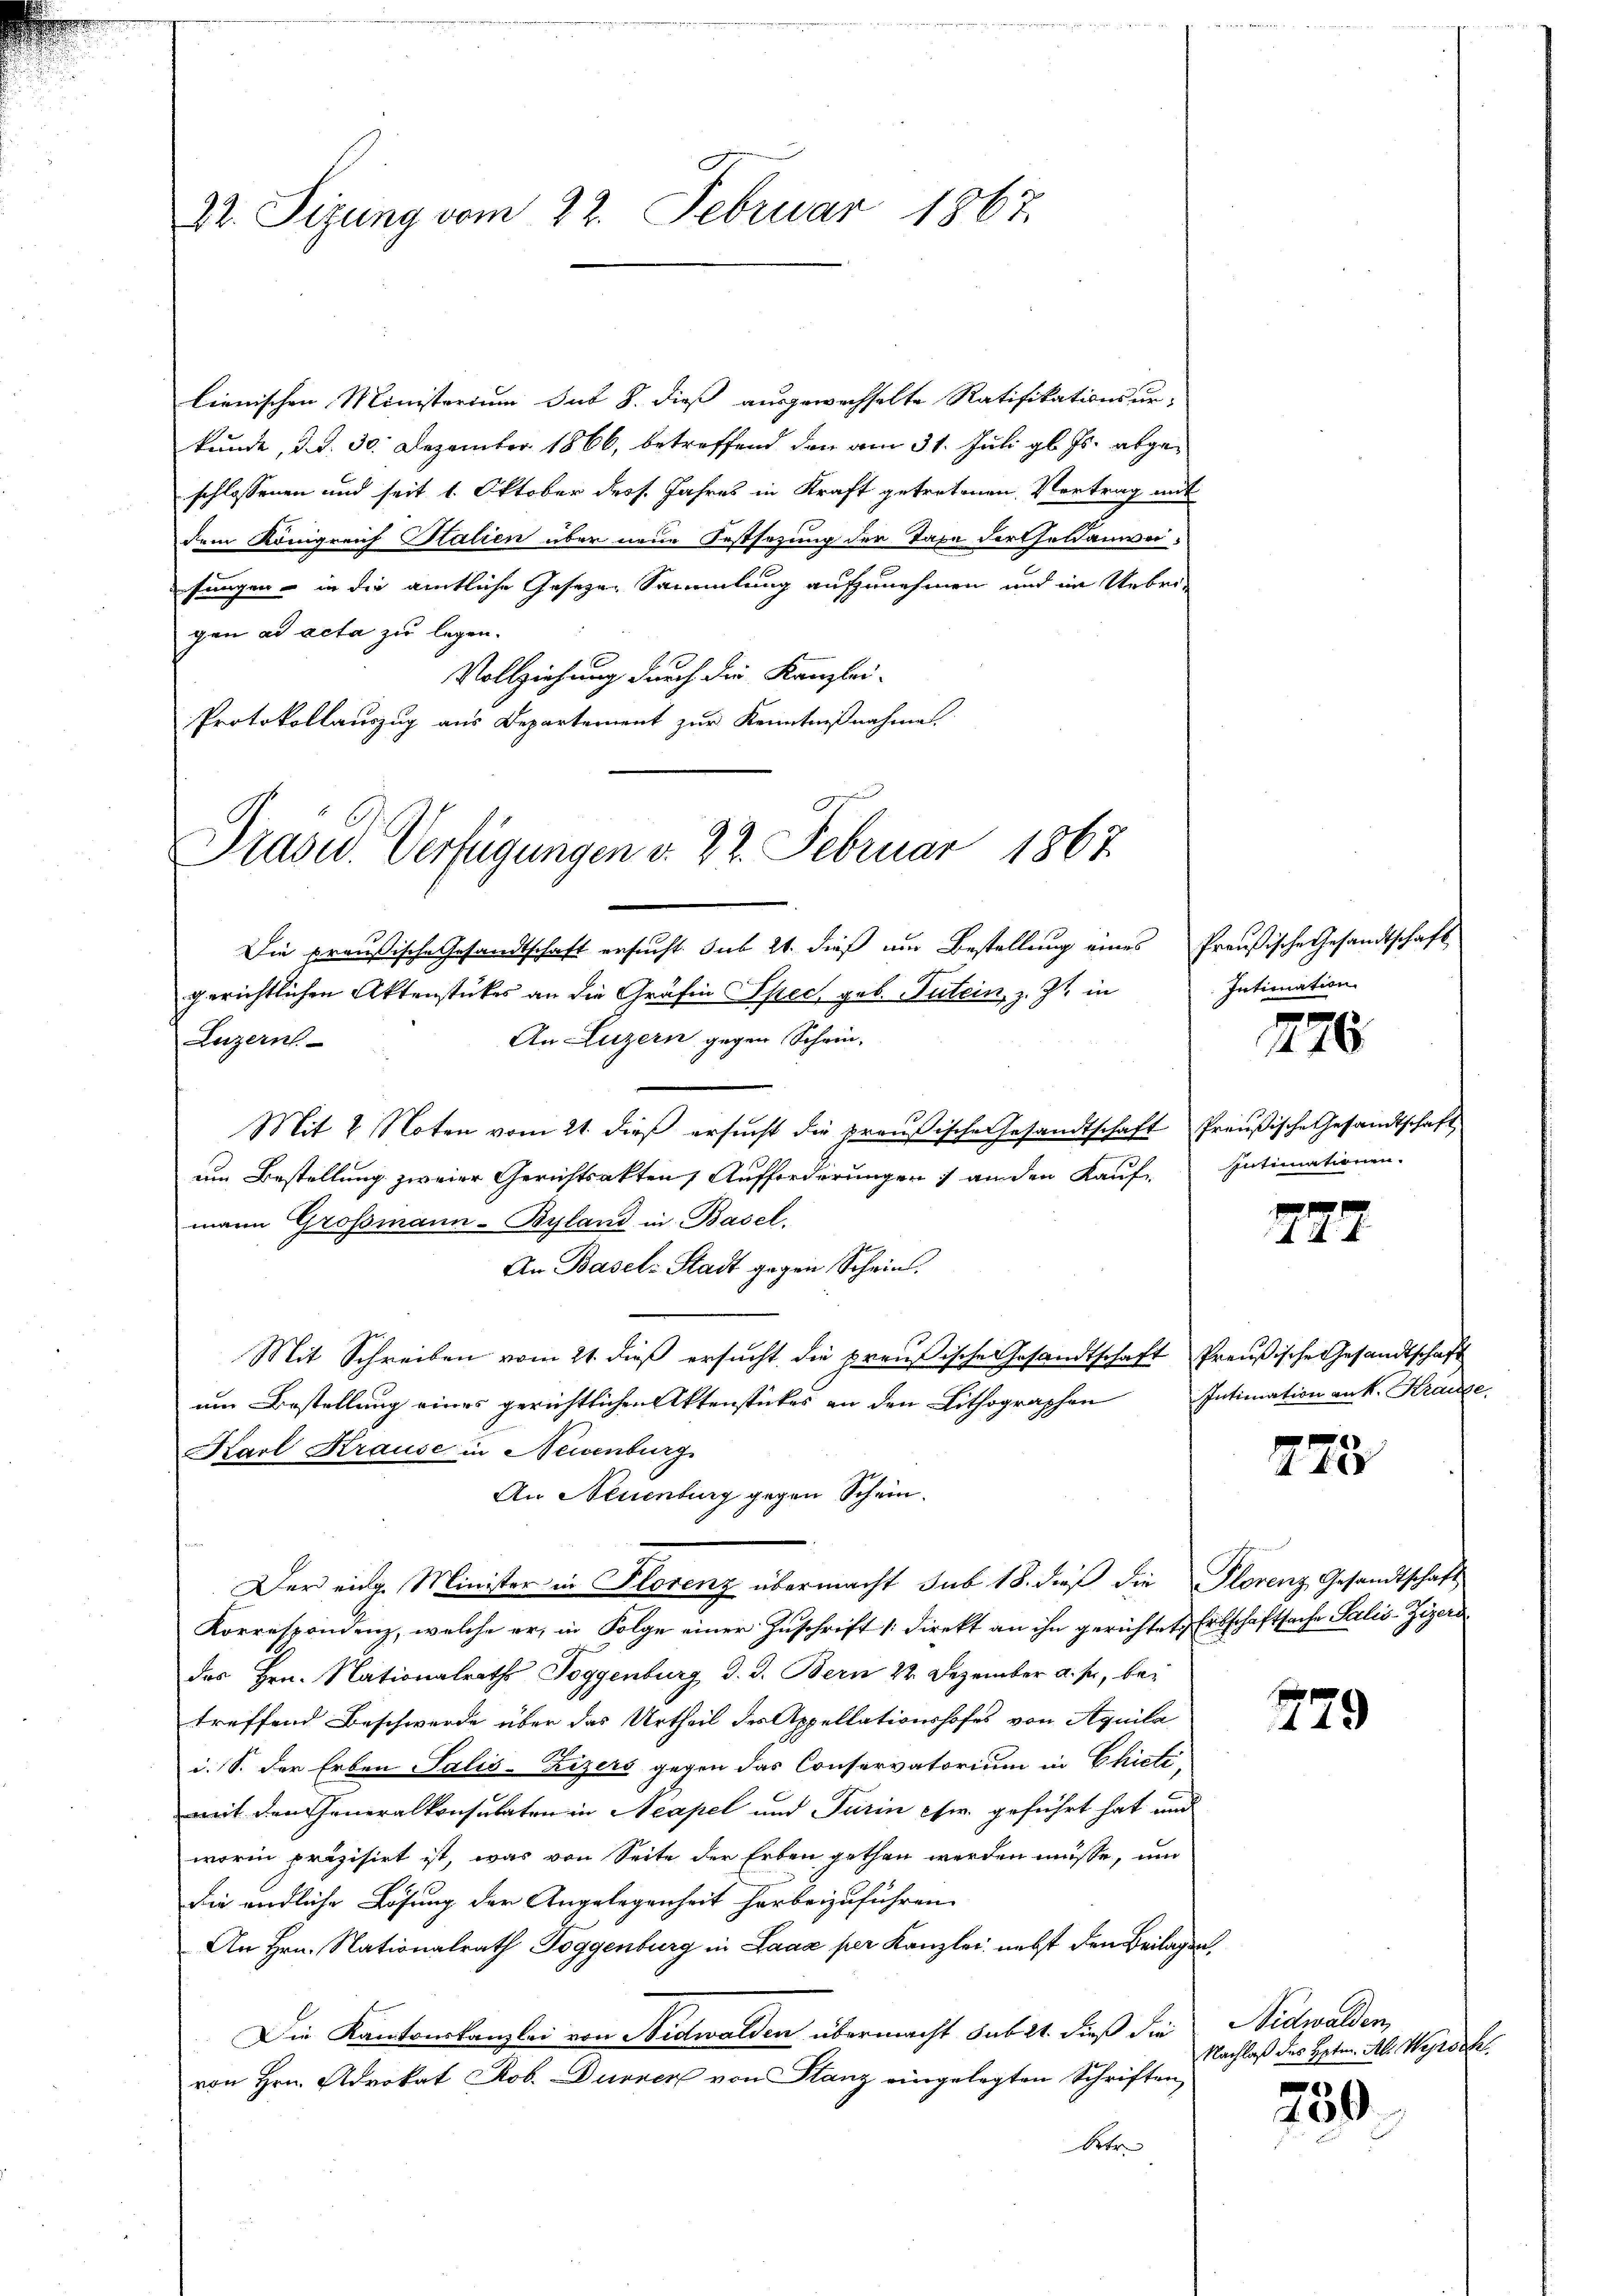
22. Sizung vom 22. Februar 1867.

lienischen Ministerium sub 8. dieß ausgewechselte Ratifikationsur-
kunde, d. d. 30. Dezember 1866, betreffend den am 31. Juli gl. Js. abgeschlossenen und seit 1. Oktober dess. Jahres in Kraft getretenen Vortrag mit
dem Königreif Stalien über neue Festsezung der Taxe fortfeldanweifungen in die amtliche Gesezen Sammlung aufzunehmen und im Uebrigen ad acta zu legen.
Vollziehung durch die Kanzlei-
Protokollauszug aus Departement zur Kenntnißnahme

Prased. Verfügungen v. 22. Februar 1867

Die preußische Gesandtschaft ersucht. Sub 21. dieß um Bestellung eines Preußische Gesandtschaft
gerichtlichen Aktenstückes an die Gräfin Sprech geb. Tutein, z. Zt. in
An Luzern gegen Schein-
Luzern
Mit 2 Noten vom 21. dieß ersucht die preußische Gesandtschaft Preußische Gesandtschaft
um Bestellung zweier Gerichtsakten Aufforderungen anden Kaufe Intimationen.
mann Grossmann-Byland in Basel.
An Basel-Stadt gegen Schein
Mit Schreiben vom 21. dieß ersucht die preußische Gesandtschaft Preußische Gesandtschaft
um Bestellung eines gerichtlichen Aktenstückes an den Lithographen Intimation ank. Krause
Karl Krause in Neisenburg
An Neuenburg gegen Schein.
Der eidg. Minister in Florenz übermacht sub 18. dieß die Plorenz Gesandtschaft
Korrespondenz, welche er, in Folge einer Zŭschrift direkt an ihn gerichtet, Erbschaftsache Salis-Zizeri
das Hrn. Nationalraths Toggenburg d. d. Bern 22. Dezember a. p. bei
treffend Beschwerde über das Urtheil des Appellationshofes von Aquila
i. S. der Erben Salis-Zizers gegen das Conservatorium in Chicti-
mit den Generalkonsulaten in Neapel und Turin cir. geführt hat und
worin präzisirt ist, was von Seite der Erben gethan werden müsse, um
die endliche Lösung der Angelegenheit herbeizuführen.
An Hrn. Nationalrath Toggenburg in Laa per Kanzlei, nebst den Beilagen,
Die Kantonskanzlei von Nidwalden übermacht sub 2t dieß die Nidwalden,
von Hrn. Advokat Rob. Durner von Stanz eingelegten Schriften,
betr.

Intimation

276

747

273

779

Nachlaß des Hptm. Al. Wegrecht

750